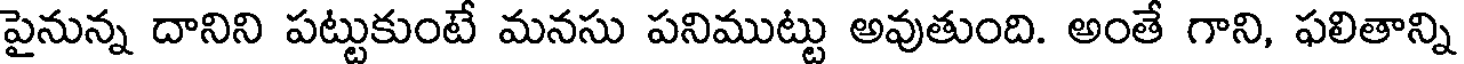
పైనున్న దానిని పట్టుకుంటే మనసు పనిముట్టు అవుతుంది. అంతే గాని, ఫలితాన్ని